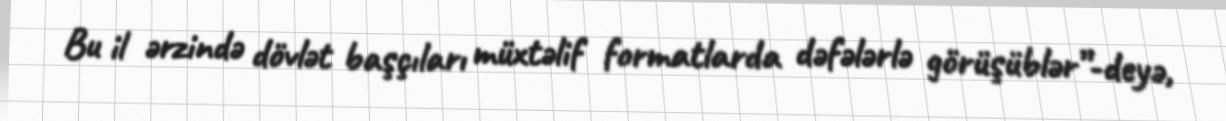
Bu il ərzində dövlət başçıları müxtəlif formatlarda dəfələrlə görüşüblər”-deyə,